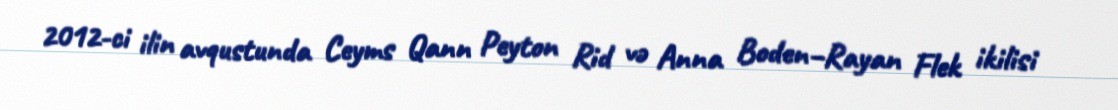
2012-ci ilin avqustunda Ceyms Qann Peyton Rid və Anna Boden–Rayan Flek ikilisi